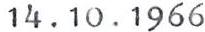
14.10.1966